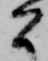
間